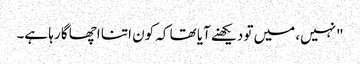
"نہیں، میں تو دیکھنے آیا تھا کہ کون اتنا اچھا گا رہا ہے۔